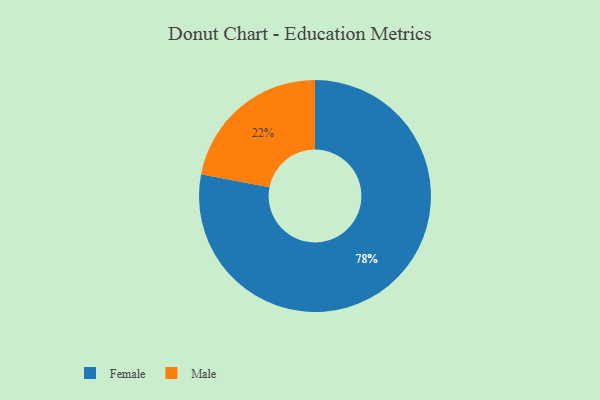
{"axis": {"x": "Category", "y": "Percentage"}, "legend": ["Female", "Male"], "data": [{"x": "Male", "y": 22, "type": "Male"}, {"x": "Female", "y": 78, "type": "Female"}]}